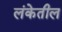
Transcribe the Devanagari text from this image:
लंकेतील